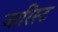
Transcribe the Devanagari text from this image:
जारिस्ट